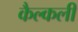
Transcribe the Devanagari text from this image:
कैल्कली